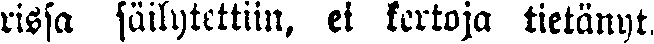
rissa säilytettiin, ei kertoja tietänyt,